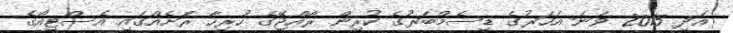
އަދި 2015 ވަނަ އަހަރުގެ ޑިސެމްބަރުގެ ކުރިން ރާއްޖޭގެ ހުރިހާ ރަށެއްގައި އެސްޓީއޯގެ